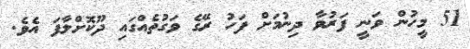
51 މީހުން ވަނީ ފަރުވާ ދިނުމަށް ފަހު ރޭގެ ވަގުތެއްގައި ދޫކޮށްލާފަ އެވެ.